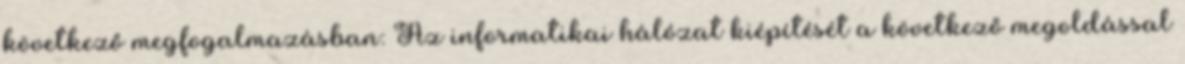
következő megfogalmazásban: Az informatikai hálózat kiépítését a következő megoldással